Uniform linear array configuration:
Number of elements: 16
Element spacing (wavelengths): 0.75
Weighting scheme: exponential
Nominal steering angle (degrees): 45
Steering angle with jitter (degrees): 43.611
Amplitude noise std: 0.05
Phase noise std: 0.05

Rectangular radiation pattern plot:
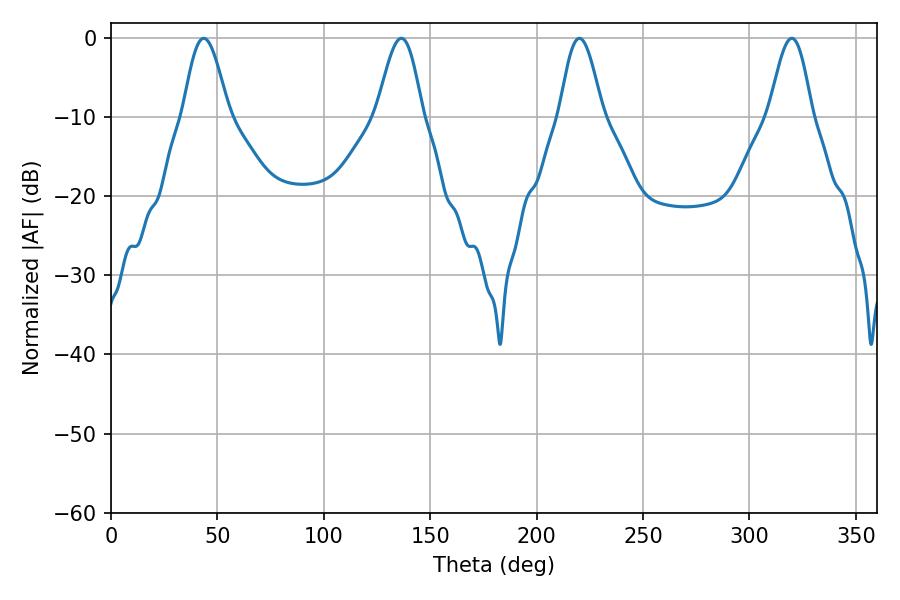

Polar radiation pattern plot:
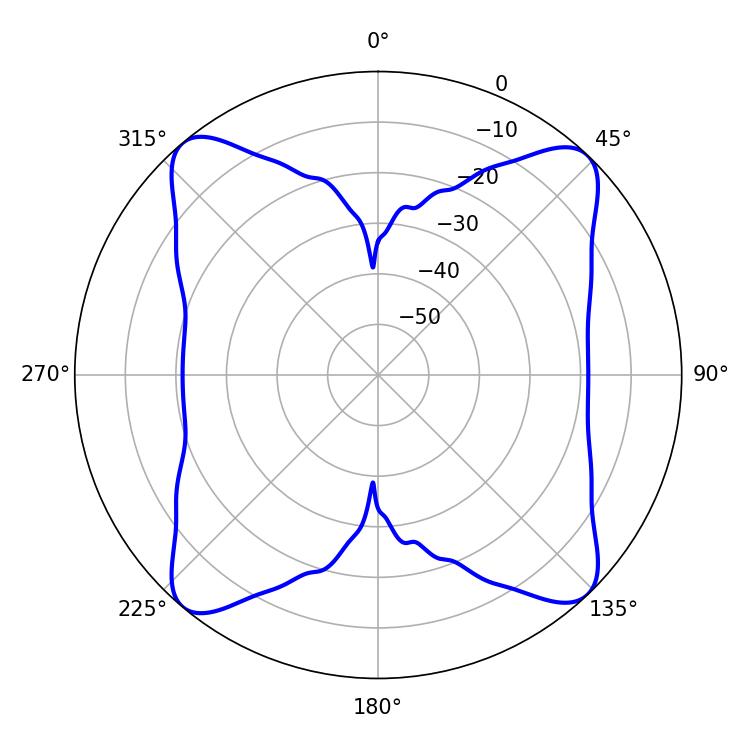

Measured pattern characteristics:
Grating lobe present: TRUE
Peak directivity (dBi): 16.527
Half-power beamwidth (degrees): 11.34
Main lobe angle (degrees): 43.56